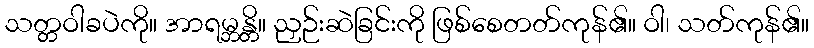
သတ္တဝါခပဲကို။ အာရမ္ဘန္တိ။ ညှဉ်းဆဲခြင်းကို ဖြစ်စေတတ်ကုန်၏။ ဝါ၊ သတ်ကုန်၏။